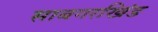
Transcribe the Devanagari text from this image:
साबगरखिंड